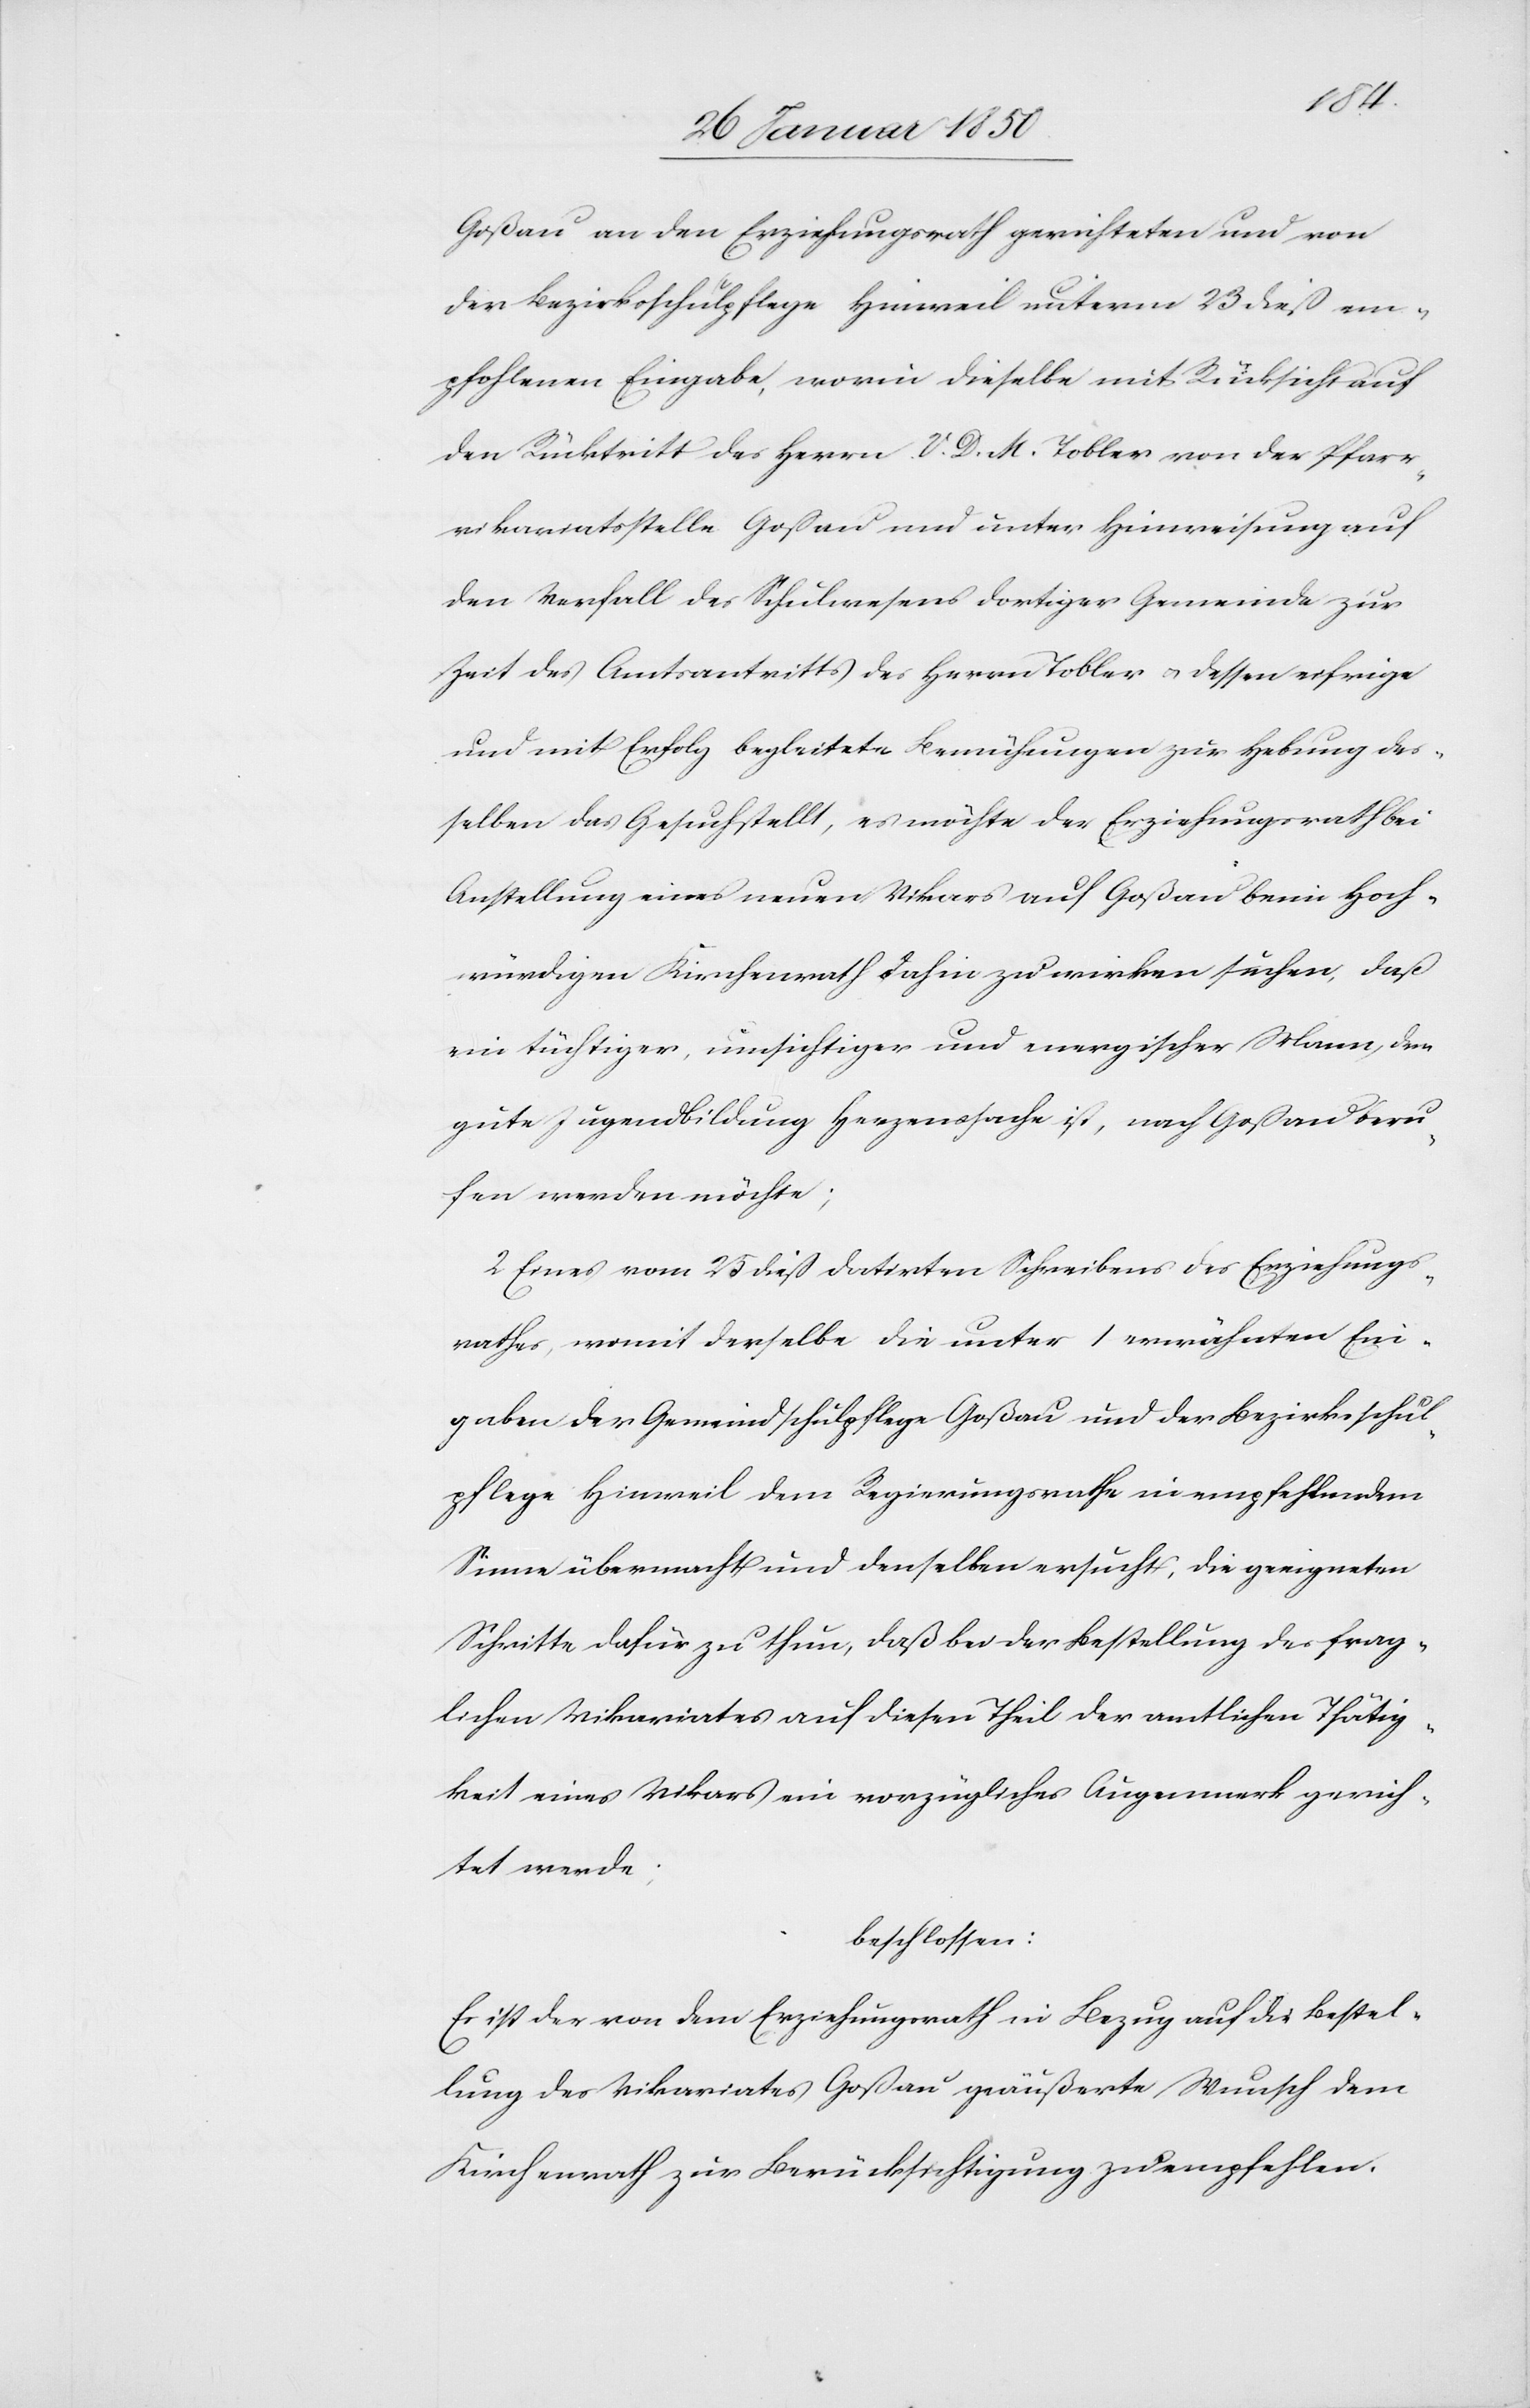
Goßau an den Erziehungsrath gerichteten und von
der Bezirksschulpflege Hinweil unterm 23 dieß em¬
pfohlenen Eingabe, worin dieselbe mit Rücksicht auf
den Rücktritt des Herrn V. D. M. Tobler von der Pfarr¬
vikariatsstelle Goßau und unter Hinweisung auf
den Verfall des Schulwesens dortiger Gemeinde zur
Zeit des Amtsantritts des Herrn Tobler u. dessen eifrige
und mit Erfolg begleitete Bemühungen zur Hebung des¬
selben das Gesuch stellt, es möchte der Erziehungsrath bei
Anstellung eines neuen Vikars auf Goßau beim Hoch¬
würdigen Kirchenrath dahin zu wirken suchen, daß
ein tüchtiger, umsichtiger und energischer Mann, dem
gute Jugendbildung Herzenssache ist, nach Goßau beru¬
fen werden möchte.
2. Eines vom 25 datirten Schreibens des Erziehungs¬
rathes, womit derselbe die unter 1 erwähnten Ein¬
gaben der Gemeindschulpflege Goßau und der Bezirksschul¬
pflege Hinweil dem Regierungsrathe in empfehlendem
Sinne übermacht und denselben ersucht, die geeigneten
Schritte dafür zu thun, daß bei der Bestellung des frag¬
lichen Vikariates auf diesen Theil der amtlichen Thätig¬
keit eines Vikars ein vorzügliches Augenmerk gerich¬
tet werde;
beschlossen:
Es ist der von dem Erziehungsrath in Bezug auf die Bestel¬
lung des Vikariates Goßau geäußerte Wunsch dem
Kirchenrath zur Berücksichtigung zu empfehlen.